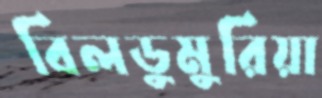
বিলডুমুরিয়া